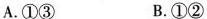
A.①③ B.①②